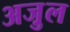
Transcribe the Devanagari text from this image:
अजु़ल